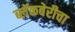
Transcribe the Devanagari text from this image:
ब्लॅकबेरीचा